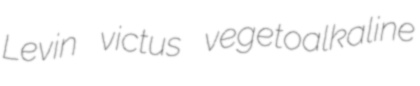
Levin victus vegetoalkaline